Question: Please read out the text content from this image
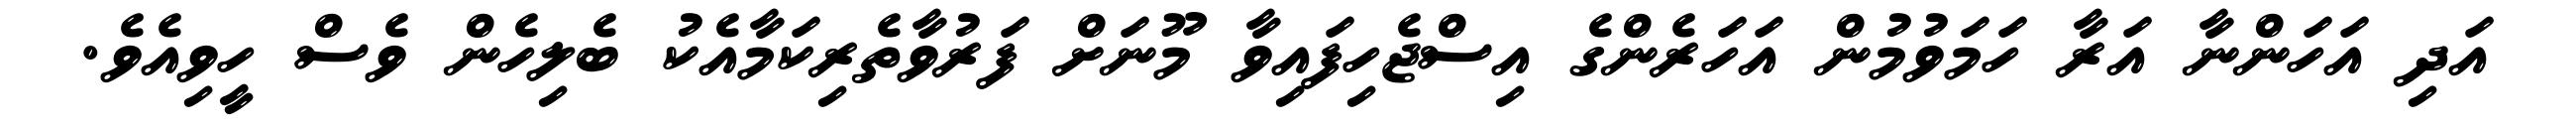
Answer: އަދި އަހަންނާ އަރާ ހަމަވުމުން އަހަރެންގެ އިސްޖެހިފައިވާ މޫނަށް ފަރުވާތެރިކަމާއެކު ބެލިހެން ވެސް ހީވިއެވެ.